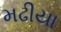
મઢીયા